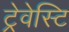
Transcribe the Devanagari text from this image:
ट्रेवेस्टि